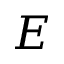
E